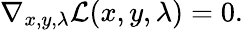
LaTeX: \nabla_{x,y,\lambda}{\mathcal{L}}(x,y,\lambda)=0.